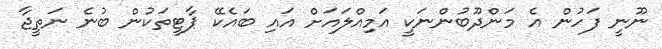
ނޫނީ ފަހުން އެ މަންދޫބުންނަކީ އަމިއްލައަށް އައި ބައެކޭ ޕާޓީތަކުން ބުނެ ނަތީޖާ